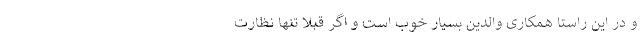
و در این راستا همکاری والدین بسیار خوب است و اگر قبلا تنها نظارت